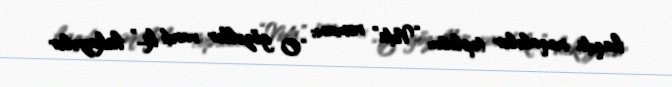
haqda məqalələr toplusu; “Vida” romanı; “O gözəllər vardı ki...” hekayələr